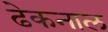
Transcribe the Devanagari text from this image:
ढेकनाल